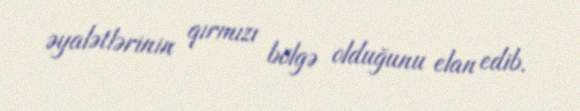
əyalətlərinin qırmızı bölgə olduğunu elan edib.